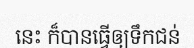
នេះ ក៏បានធ្វើឲ្យទឹកជន់